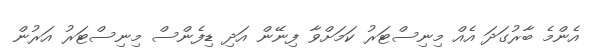
އެންމެ ބާރުގަދަ އެއް މިނިސްޓަރު ކަމަށްވާ ފިނޭން އަދި ޑިފެންސް މިނިސްޓަރު އަރުން